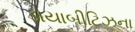
ડાયાબીટિઝના